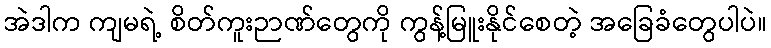
အဲဒါက ကျမရဲ့ စိတ်ကူးဉာဏ်တွေကို ကွန့်မြူးနိုင်စေတဲ့ အခြေခံတွေပါပဲ။